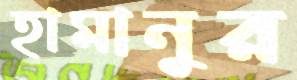
হামানুর